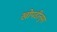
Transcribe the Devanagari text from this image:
खोपडीनुमा